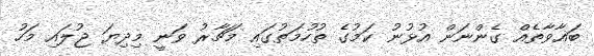
ބަޣާވާތެއް ގެންނަން އުޅުނު ކަމުގެ ތުހުމަތުގައި މަޗާރު ވަނީ މިދިޔަ ޖުލައި މަހު